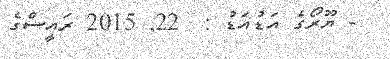
- ޔޫރޯގެ އަޑުއަޑު :  22